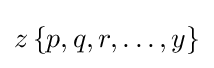
z\,\{p,q,r,\dots ,y\}